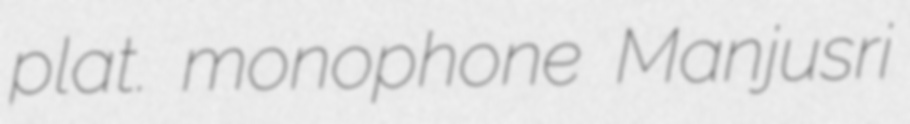
plat. monophone Manjusri